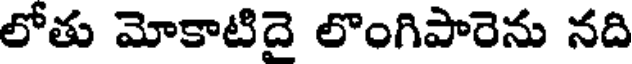
లోతు మోకాటిదై లొంగిపారెను నది